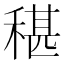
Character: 𮵤